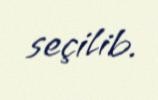
seçilib.